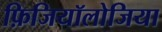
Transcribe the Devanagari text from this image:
फ़िजियॉलोजिया